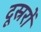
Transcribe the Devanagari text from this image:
दूस्ररों